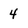
Character: 4